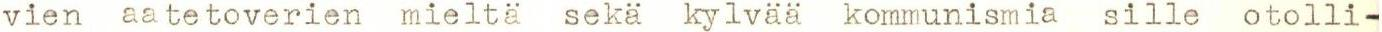
vien aatetoverien mieltä sekä kylvää kommunismia sille otolli-